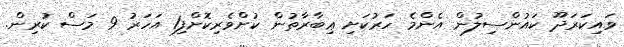
ވައިކަރަދޫ ކައުންސިލުން އެންމެ ހަރުކަށި ޢިބާރާތުން ކުށްވެރިކޮށްފި1 އަހަރު 9 މަސް ކުރިން.